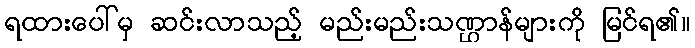
ရထားပေါ်မှ ဆင်းလာသည့် မည်းမည်းသဏ္ဌာန်များကို မြင်ရ၏။